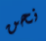
نحن